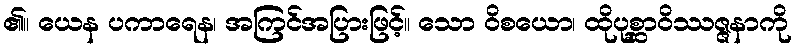
၏။ ယေန ပကာရေန၊ အကြင်အပြားဖြင့်။ သော ဝိစယော၊ ထိုပုစ္ဆာဝိဿဇ္ဇနာကို